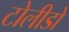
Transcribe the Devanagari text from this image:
टोलीडो